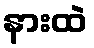
နားထဲ